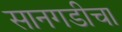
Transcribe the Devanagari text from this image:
सानगडीचा